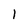
Character: 1